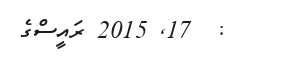
:  17